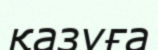
қазуға